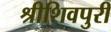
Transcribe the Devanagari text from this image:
श्रीशिवपुरी